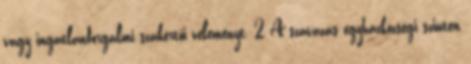
vagy ingatlanforgalmi szakértői véleményt. 2 A szavazás egyházközségi szinten